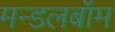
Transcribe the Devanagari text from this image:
मन्डलबॉम